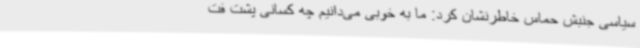
سیاسی جنبش حماس خاطرنشان کرد: ما به خوبی می‌دانیم چه کسانی پشت فت